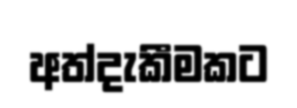
අත්දැකීමකට